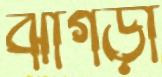
ঝাগড়া